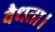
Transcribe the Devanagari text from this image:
वैधता।